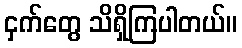
ငှက်တွေ သိရှိကြပါတယ်။